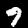
Digit: 9